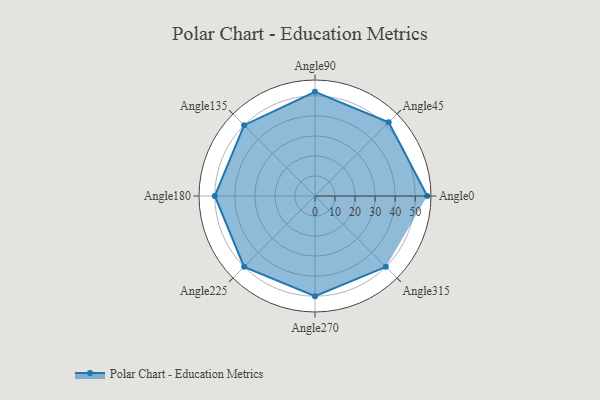
{"axis": {"x": "Angle", "y": "Radius"}, "legend": [""], "data": [{"x": "Angle0", "y": 56.0, "type": ""}, {"x": "Angle45", "y": 52.0, "type": ""}, {"x": "Angle90", "y": 52.0, "type": ""}, {"x": "Angle135", "y": 50, "type": ""}, {"x": "Angle180", "y": 50, "type": ""}, {"x": "Angle225", "y": 50, "type": ""}, {"x": "Angle270", "y": 50, "type": ""}, {"x": "Angle315", "y": 50, "type": ""}]}